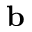
\mathbf b